Medical and sanitary report of the native army of Madras for the year
Year: 1877
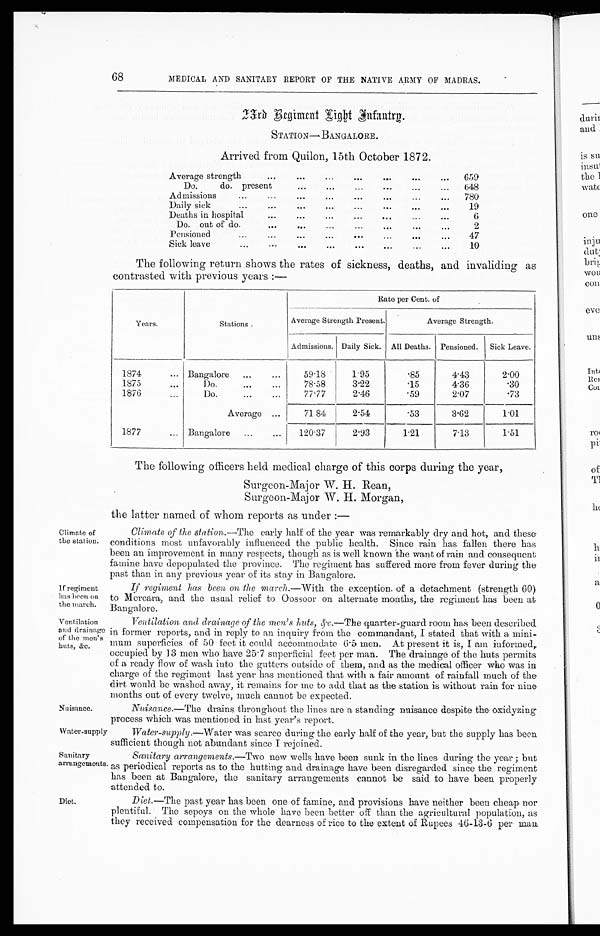
If regiment
has been On
the march.
Ventilation
and drainage
of the men's
huts, &e.
68
Climate of
the station.
Nuisance.
MEDICAL AND SANITARY REPORT OF THE NATIVE ARMY OF MADRAS.
2 3 r d R e g i m e n t L i g h t I n f a n t r y .
STATION— BANGALORE.
Arrived from Quilon, 15th October 1872.
Average strength
...
...
...
... ...
...
...
659
Do.
do. present
... ... ... ...
...
...
648
Admissions...
...
...
...
...
...
...
...
780
Daily sick
... ... ... ... ... ...
...
...
19
Deaths in hospital
...
...
...
...
... ... ...
6
Do. out of do.
... ... ... ... ... ... ...
2
Pensioned
... ... ... ... ...
...
...
...
47
Sick leave
... ... ... ... ...
...
...
...
10
The following return shows the rates of sickness, deaths, and invaliding as
contrasted with previous years :—
Years.
Stations .
Rate per Cent. of
Average Strength Present.
Average Strength.
Admissions. Daily Sick. All Deaths. Pensioned.
Sick Leave.
1874
...
Bangalore
...
...
59.18
1.95
.85
4.43
2.00
1875
...
D o . ...
...
7 8 . 5 8
3.22
.15
4.36
.30
1876
...
Do.
...
...
77.77
2.46
.59
2.07
.73
Average ...
71 84
2.54
.53
3.62
1.01
1 8 7 7
...
Bangalore
...
...
120 . 37
2.93
1.21
7.13
1.51
The following officers held medical charge of this corps during the year,
Surgeon-Major W. H. Rean,
Surgeon-Major W. H. Morgan,
the latter named of whom reports as under :—
Climate of the station.—The early half of the year was remarkably dry and hot, and these
conditions most unfavorably influenced the public health. Since rain has fallen there has
been an improvement in many respects, though as is well known 'the want of rain and consequent
famine have depopulated the province. The regiment has suffered more from fever during the
past than in any previous year of its stay in Bangalore.
If regiment has been on the march .—With the exception of a detachment (strength 60)
to Mercara, and the usual relief to Oossoor on alternate months, the regiment has been at
Bangalore.
Ventilation, and drainage of the men's huts, &c.—The quarter-guard room has been described
in former reports, and in reply to an inquiry from the commandant, I stated that with a mini-
mum superficies of 50 feet it could accommodate 6.5 men. At present it is, I am informed,
occupied by 13 men who have 25.7 superficial feet per man. The drainage of the huts permits
of a ready flow of wash into the gutters outside of them, and as the medical officer who was in
charge of the regiment last year has mentioned that with a fair amount of rainfall much of the
dirt would be washed away, it remains for me to add that as the station is without rain for nine
months out of every twelve, much cannot be expected.
Nuisance.—The drains throughout the lines are a standing nuisance despite the oxidyzing
process which was mentioned in last year's report.
Water-supply
Sanitary
arrangements.
Water-supply.--Water was scarce during the early half of the year, but the supply has been
sufficient though not abundant since I rejoined.
Sanitary arrangements.— Two new wells have been sunk in the lines during the year ; but
as periodical reports as to the hutting and drainage have been disregarded since the regiment
has been at Bangalore, the sanitary arrangements cannot be said to have been properly
attended to.
Diet.
Diet.—The past year has been one of famine, and provisions have neither been cheap nor
plentiful. The sepoys on the whole have been better off than the agricultural population, as
they received compensation for the dearness of rice to the extent of Rupees 4G-13-6 per man